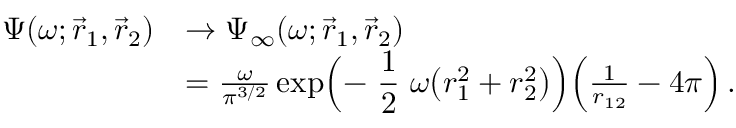
\begin{array} { r l } { \Psi ( \omega ; \vec { r } _ { 1 } , \vec { r } _ { 2 } ) } & { \to \Psi _ { \infty } ( \omega ; \vec { r } _ { 1 } , \vec { r } _ { 2 } ) } \\ & { = \frac { \omega } { \pi ^ { 3 / 2 } } \exp \Bigl ( - \mathrm { \small ~ \displaystyle \frac { 1 } { 2 } ~ } \omega \bigl ( r _ { 1 } ^ { 2 } + r _ { 2 } ^ { 2 } \bigr ) \Bigr ) \Bigl ( \frac { 1 } { r _ { 1 2 } } - 4 \pi \Bigr ) \, . } \end{array}